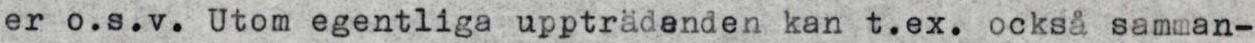
er o.s.v. Utom egentliga uppträdenden kan t.ex. också samman-